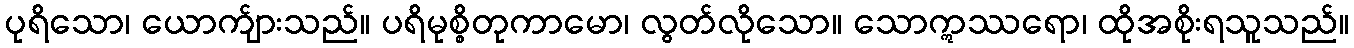
ပုရိသော၊ ယောက်ျားသည်။ ပရိမုစ္စိတုကာမော၊ လွတ်လိုသော။ သောဣဿရော၊ ထိုအစိုးရသူသည်။